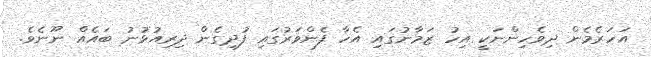
އަހަރެމެން ދިވެހިންނަކީ އިހު ޒަމާނުގައި އެހާ ފެންވަރުގައި ފުދިގެން ދިރިއުޅުނު ބައެއް ނޫނެވެ.